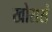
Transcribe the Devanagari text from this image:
खोरासं